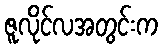
ဇူလိုင်လအတွင်းက